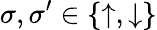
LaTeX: \sigma,\sigma^{\prime}\in\{ \uparrow,\downarrow\}